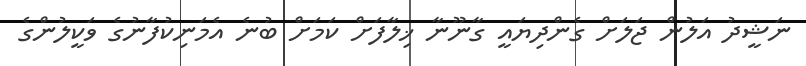
ނަޝީދު އަލުން ޖަލަށް ގެންދިޔައީ ގާނޫނާ ޚިލާފަށް ކަމަށް ބުނެ އެމަނިކުފާނުގެ ވަކީލުންގެ